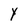
Character: Y